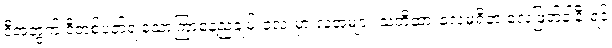
ဒီအတွက် ဒီတစ်ပတ်ရဲ့သောကြာနေ့ညချမ်းလေးမှာ လူအများ သတိထားလေ့မရှိတဲ့ လေဖြတ်ခါနီးရင်